Vaccination in Bombay 1924-1928 - 1924-1928
Year: 1924
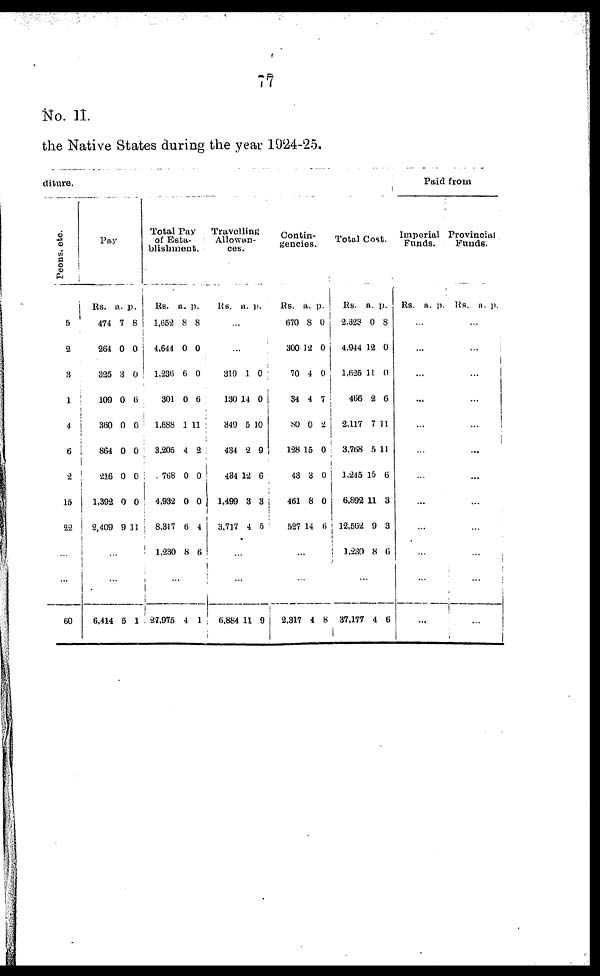
77
No. II.
the Native States during the year 1924-25.
diture.
Peons, etc.
5
2
3
1
4
6
2
15
22
...
...
60
Pay
Rs.
474
264
325
109
360
864
216
1,392
2,409
a.
7
0
3
0
0
0
0
0
9
p.
8
0
0
6
0
0
0
0
11
...
...
6,414 5 1
Total Pay
of Esta-
blishment.
Rs.
1,652
4,644
1,236
301
1,688
3,205
768
4,932
8,317
1,230
a.
8
0
6
0
1
4
0
0
6
8
p.
8
0
0
6
11
2
0
0
4
6
...
27,975 4 7
Travelling
Allowan-
ces.
Rs. a. p.
...
...
319
130
349
434
434
1,499
3,717
1
14
5
2
12
3
4
0
0
10
9
6
3
5
...
...
6,884 11 9
Contin-
gencies.
Rs.
670
300
70
34
80
128
43
461
527
a.
8
12
4
4
0
15
3
8
14
p.
0
0
0
7
2
0
0
0
6
...
...
2,317 4 8
Total Cost.
Rs.
2,328
4,944
1,625
466
2,117
3,768
1,245
6,892
12,662
1,230
a.
0
12
11
2
7
5
15
11
9
8
p.
8
0
0
6
11
11
6
3
3
6
...
37,177 4 6
Paid from
Imperial
Funds.
Rs. a. p.
...
...
...
...
...
...
...
...
...
...
...
...
Provincial
Funds.
Rs. a. p.
...
...
...
...
...
...
...
...
...
...
...
...